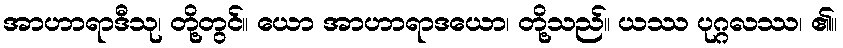
အာဟာရာဒီသု၊ တို့တွင်။ ယော အာဟာရာဒယော၊ တို့သည်။ ယဿ ပုဂ္ဂလဿ၊ ၏။